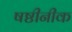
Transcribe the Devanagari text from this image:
षष्ठीनीक